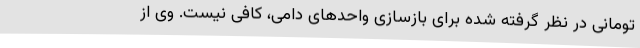
تومانی در نظر گرفته شده برای بازسازی واحدهای دامی، کافی نیست. وی از